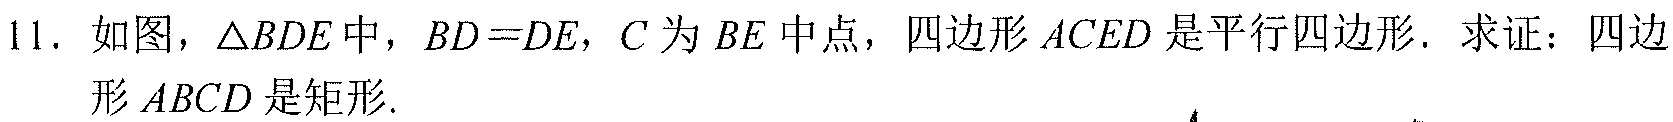
11. 如图，$\triangle BDE$中，$BD = DE$，$C$为$BE$中点，四边形$ACED$是平行四边形. 求证：四边形$ABCD$是矩形.